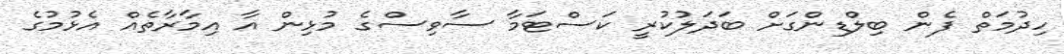
ހިދުމަތް ފެން ބިލްޑިންގަށް ބަދަލުކުރީ ކަސްޓަމާ ސާވިސްގެ މުޅިން އާ އިމާރާތެއް އެޅުމުގެ